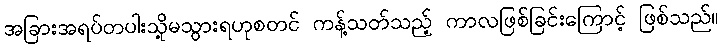
အခြားအရပ်တပါးသို့မသွားရဟုစတင် ကန့်သတ်သည့် ကာလဖြစ်ခြင်းကြောင့် ဖြစ်သည်။